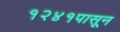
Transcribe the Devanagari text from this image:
१२४१पासून